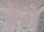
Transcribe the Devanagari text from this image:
वेरो